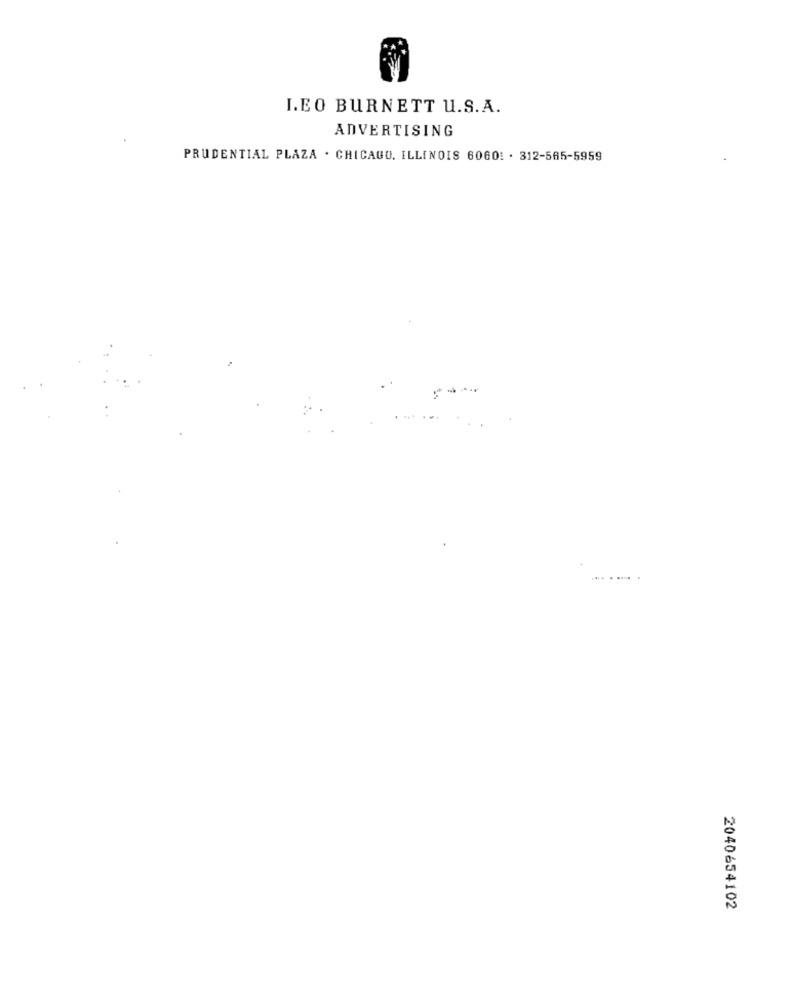
LEO BURNETT U.S.A.
ADVERTISING
PRUDENTIAL PLAZA . CHICAGO, ILLINOIS 6060! . 312-565-5959
... .....
2040654102